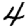
Digit: 4